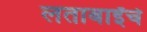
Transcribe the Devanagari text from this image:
लताबाईंचे